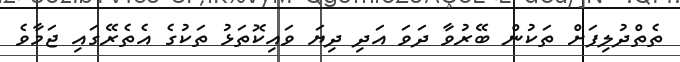
ތެތްދުލިފަށް ތަކުން ބޭރުވާ ދަވަ އަދި ދިޔަ ވައިކޮތަޅު ތަކުގެ އެތެރޭގައި ޖަމާވެ